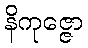
နိကုဇ္ဇော